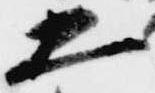
五